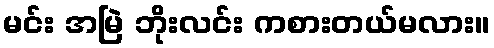
မင်း အမြဲ ဘိုးလင်း ကစားတယ်မလား။